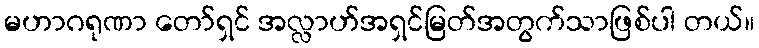
မဟာဂရုဏာ တော်ရှင် အလ္လာဟ်အရှင်မြတ်အတွက်သာဖြစ်ပါ တယ်။